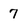
Character: 7